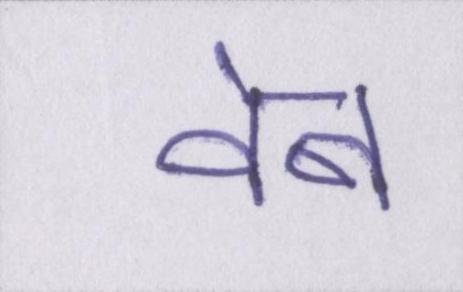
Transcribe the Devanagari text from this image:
वेब